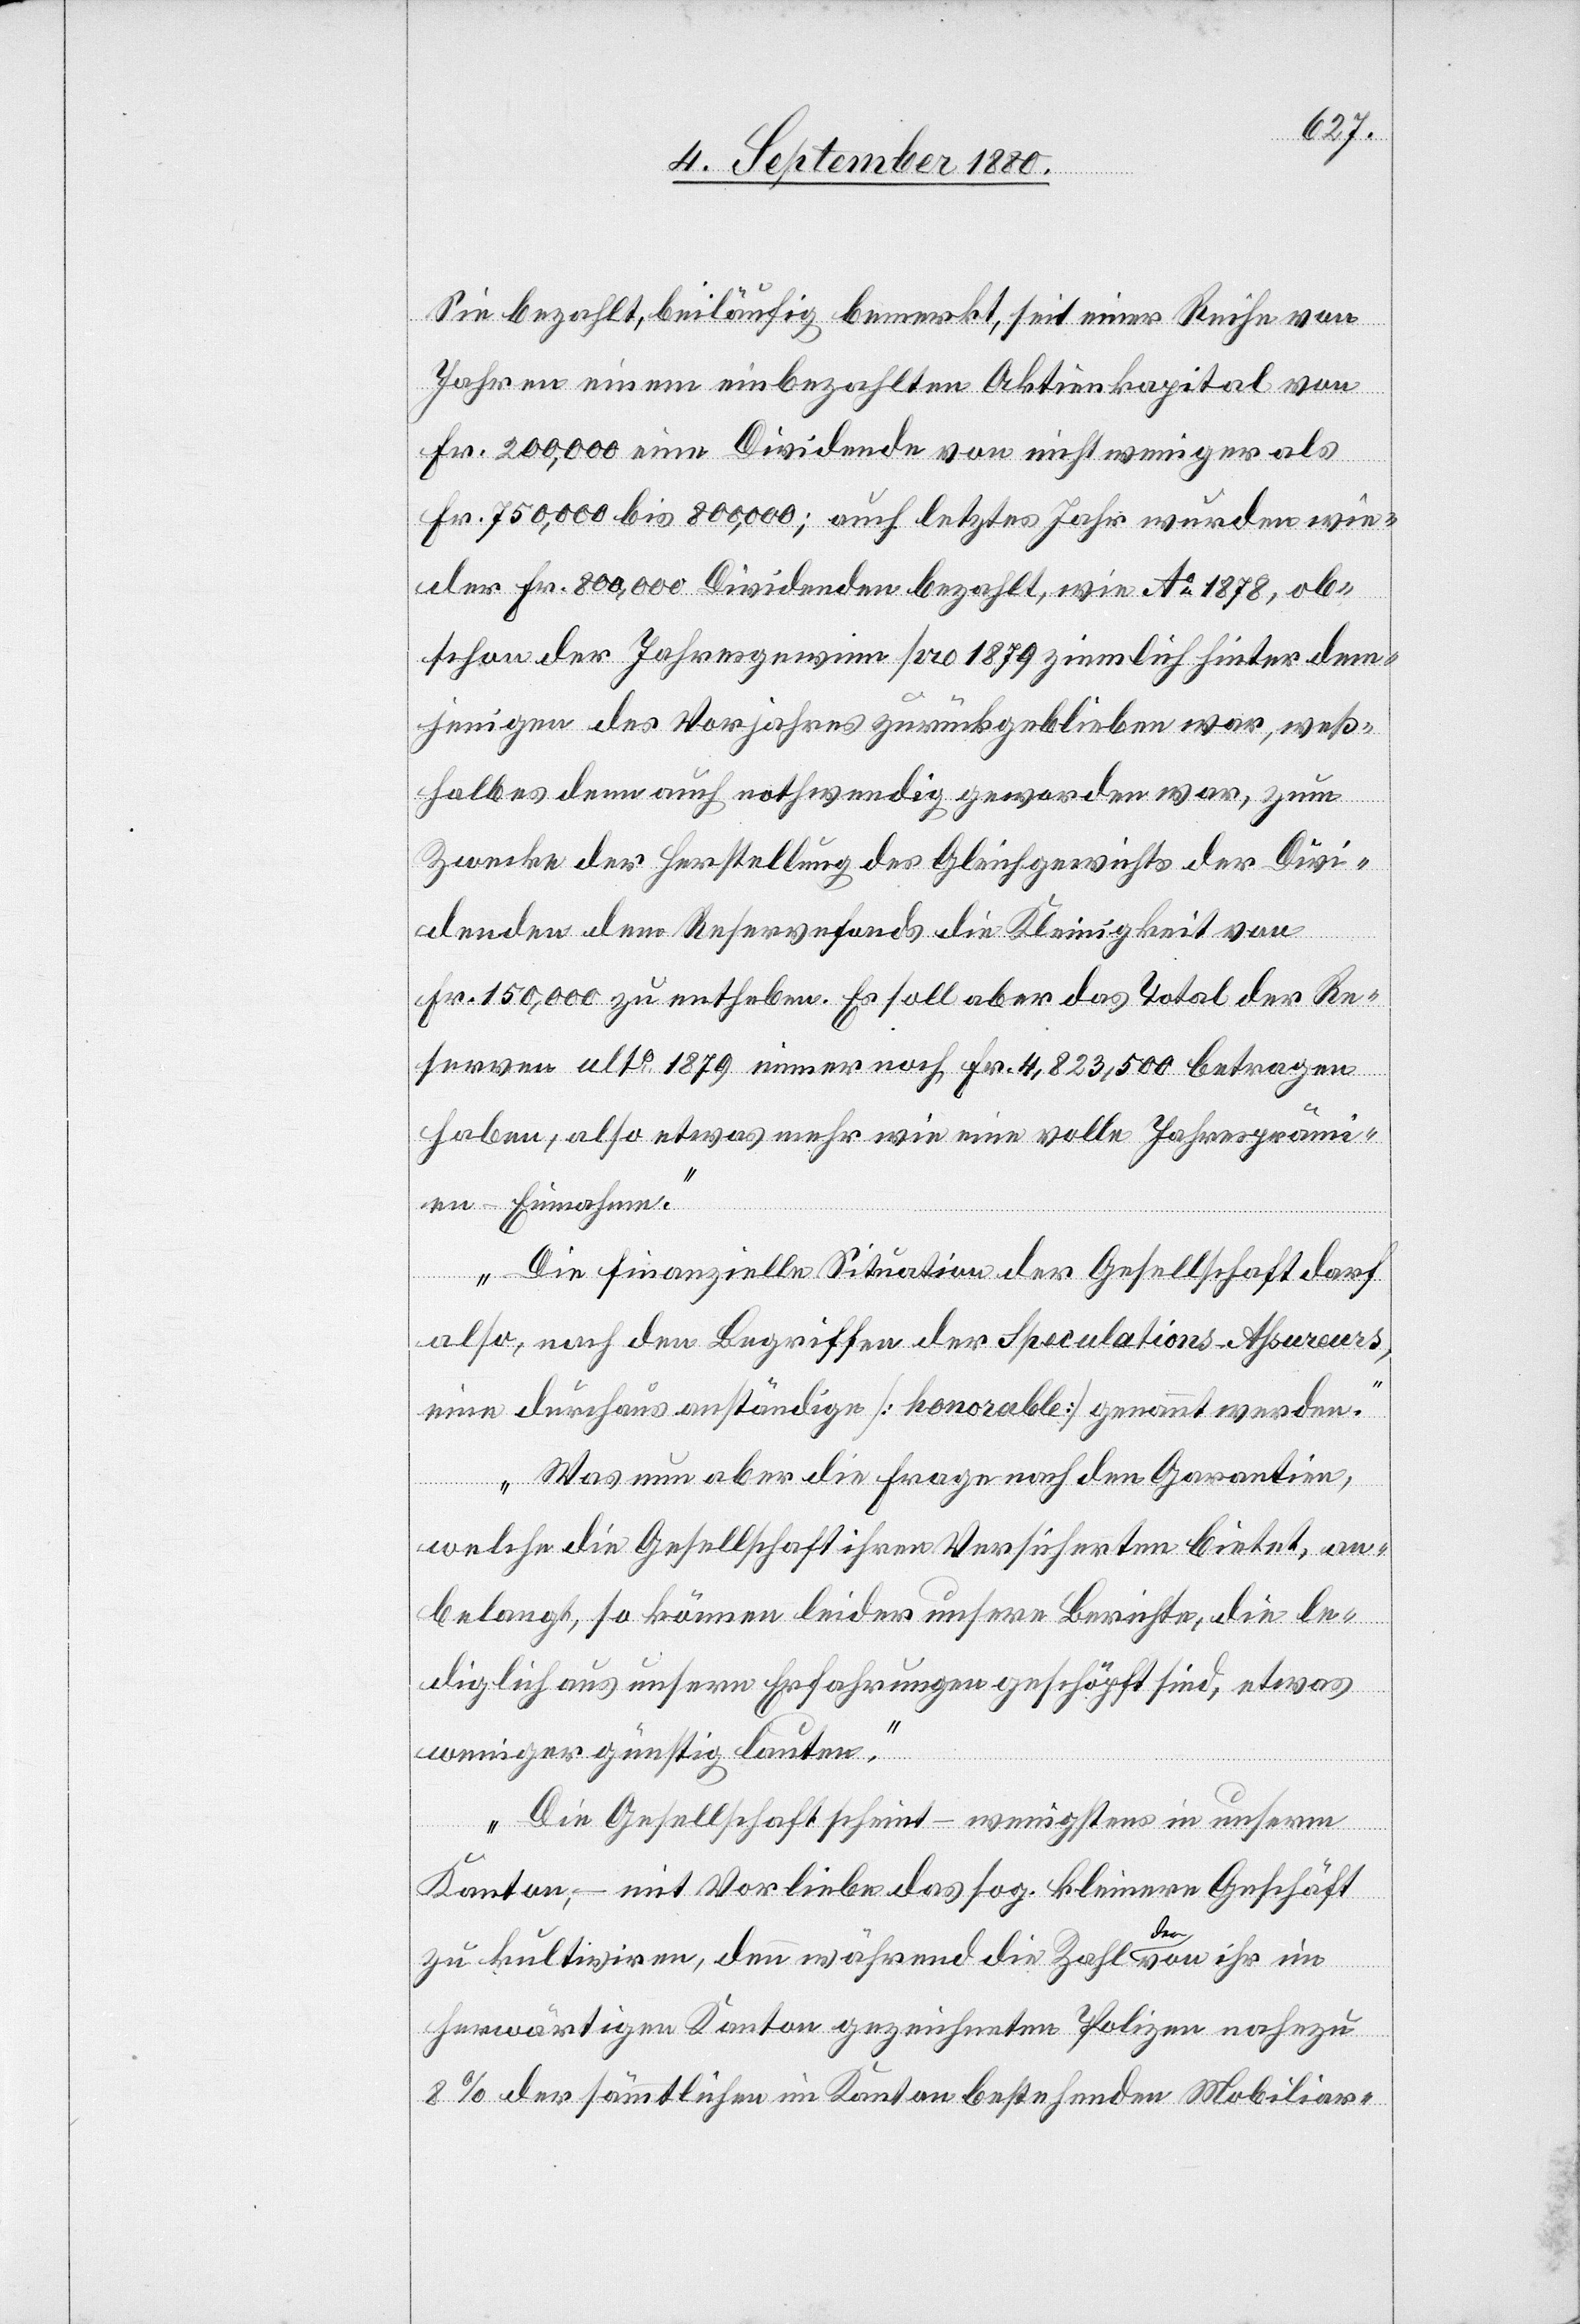
Sie bezahlt, beiläufig bemerkt, seit einer Reihe von
Jahren einem einbezahlten Aktienkapital von
Fr. 200,000 eine Dividende von nicht weniger als
Fr. 750,000 bis 800,000; auch letztes Jahr wurden wie¬
der Fr. 800,000 Dividenden bezahlt, wie Ao 1878, ob¬
schon der Jahresgewinn pro 1879 ziemlich hinter dem¬
jenigen des Vorjahres zurückgeblieben war, weß¬
halb es denn auch nothwendig geworden war, zum
Zwecke der Herstellung des Gleichgewichts der Divi¬
denden dem Reservefonds die Kleinigkeit von
Fr. 150,000 zu entheben. Es soll aber das Total der Re¬
serven ulto 1879 nimmer noch Fr. 4,823,500 betragen
haben, also etwas mehr wie eine volle Jahrespräm¬
ien-Einnahme.
Die finanzielle Situation der Gesellschaft darf
also, nach den Begriffen der Speculations-Assureurs
eine durchaus anständige [honorable] genannt werden.
Was nun aber die Frage nach den Garantien,
welche die Gesellschaft ihren Versicherten bietet, an¬
belangt, so können leider unsere Berichte, die le¬
diglich aus unsern Erfahrungen geschöpft sind, etwas
weniger günstig lauten.
Die Gesellschaft scheint – wenigstens in unserm
Kanton, – mit Vorlieben das sog. kleinere Geschäft
zu kultiviren, denn während die Zahl davon ihr im
herwärtigen Kanton gezeichneten Polizei nahezu
8 % der sämmtlichen im Kanton bestehenden Mobiliar-